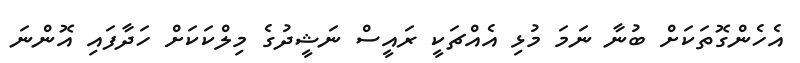
އެހެންގޮތަކަށް ބުނާ ނަމަ މުޅި އެއްޗަކީ ރައީސް ނަޝީދުގެ މިލްކަކަށް ހަދާފައި އޮންނަ